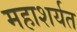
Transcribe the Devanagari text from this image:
महाशर्यत